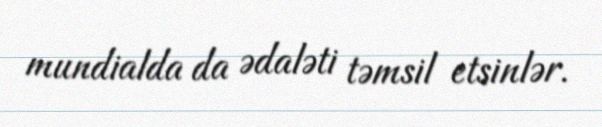
mundialda da ədaləti təmsil etsinlər.